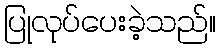
ပြုလုပ်ပေးခဲ့သည်။